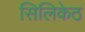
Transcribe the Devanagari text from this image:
सिलिकेठ